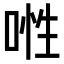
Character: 𠶞